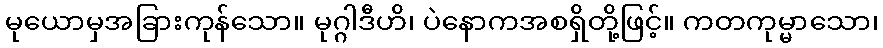
မုယောမှအခြားကုန်သော။ မုဂ္ဂါဒီဟိ၊ ပဲနောကအစရှိတို့ဖြင့်။ ကတကုမ္မာသော၊